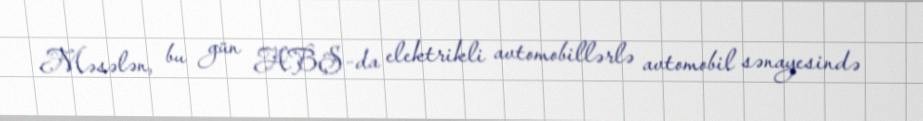
Məsələn, bu gün ABŞ-da elektrikli avtomobillərlə avtomobil sənayesində